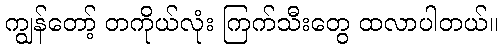
ကျွန်တော့် တကိုယ်လုံး ကြက်သီးတွေ ထလာပါတယ်။